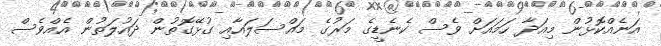
އަނެއްކޮޅުން މިއަދާ ހަމައަށް ވެސް ކެނެޑީގެ މަރުގެ މައްސަލައާއި ގުޅޭގޮތުން ދައުލަތުން އެއްވެސް